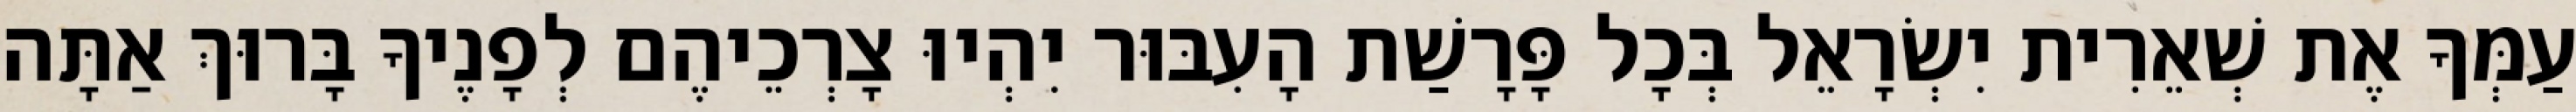
עַמְּךָ אֶת שְׁאֵרִית יִשְׂרָאֵל בְּכָל פָּרָשַׁת הָעִבּוּר יִהְיוּ צָרְכֵיהֶם לְפָנֶיךָ בָּרוּךְ אַתָּה